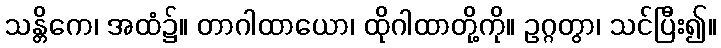
သန္တိကေ၊ အထံ၌။ တာဂါထာယော၊ ထိုဂါထာတို့ကို။ ဥဂ္ဂတွာ၊ သင်ပြီး၍။